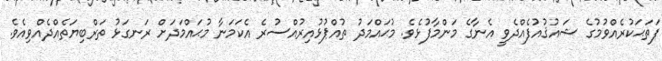
ފަތަޙަކުރެއްވުމުގެ ޝައުޤުއުފެއްދެވީ އެނާގެ މަންމާފުޅެވެ. މުޙައްމަދު ތުއްޕުޅުއިރުއްސުރެ އެކަމަނާ މުޙައްމަދަށް ރަނގަޅު ތަރްބިޔަތެއްދެއްވިއެވެ.